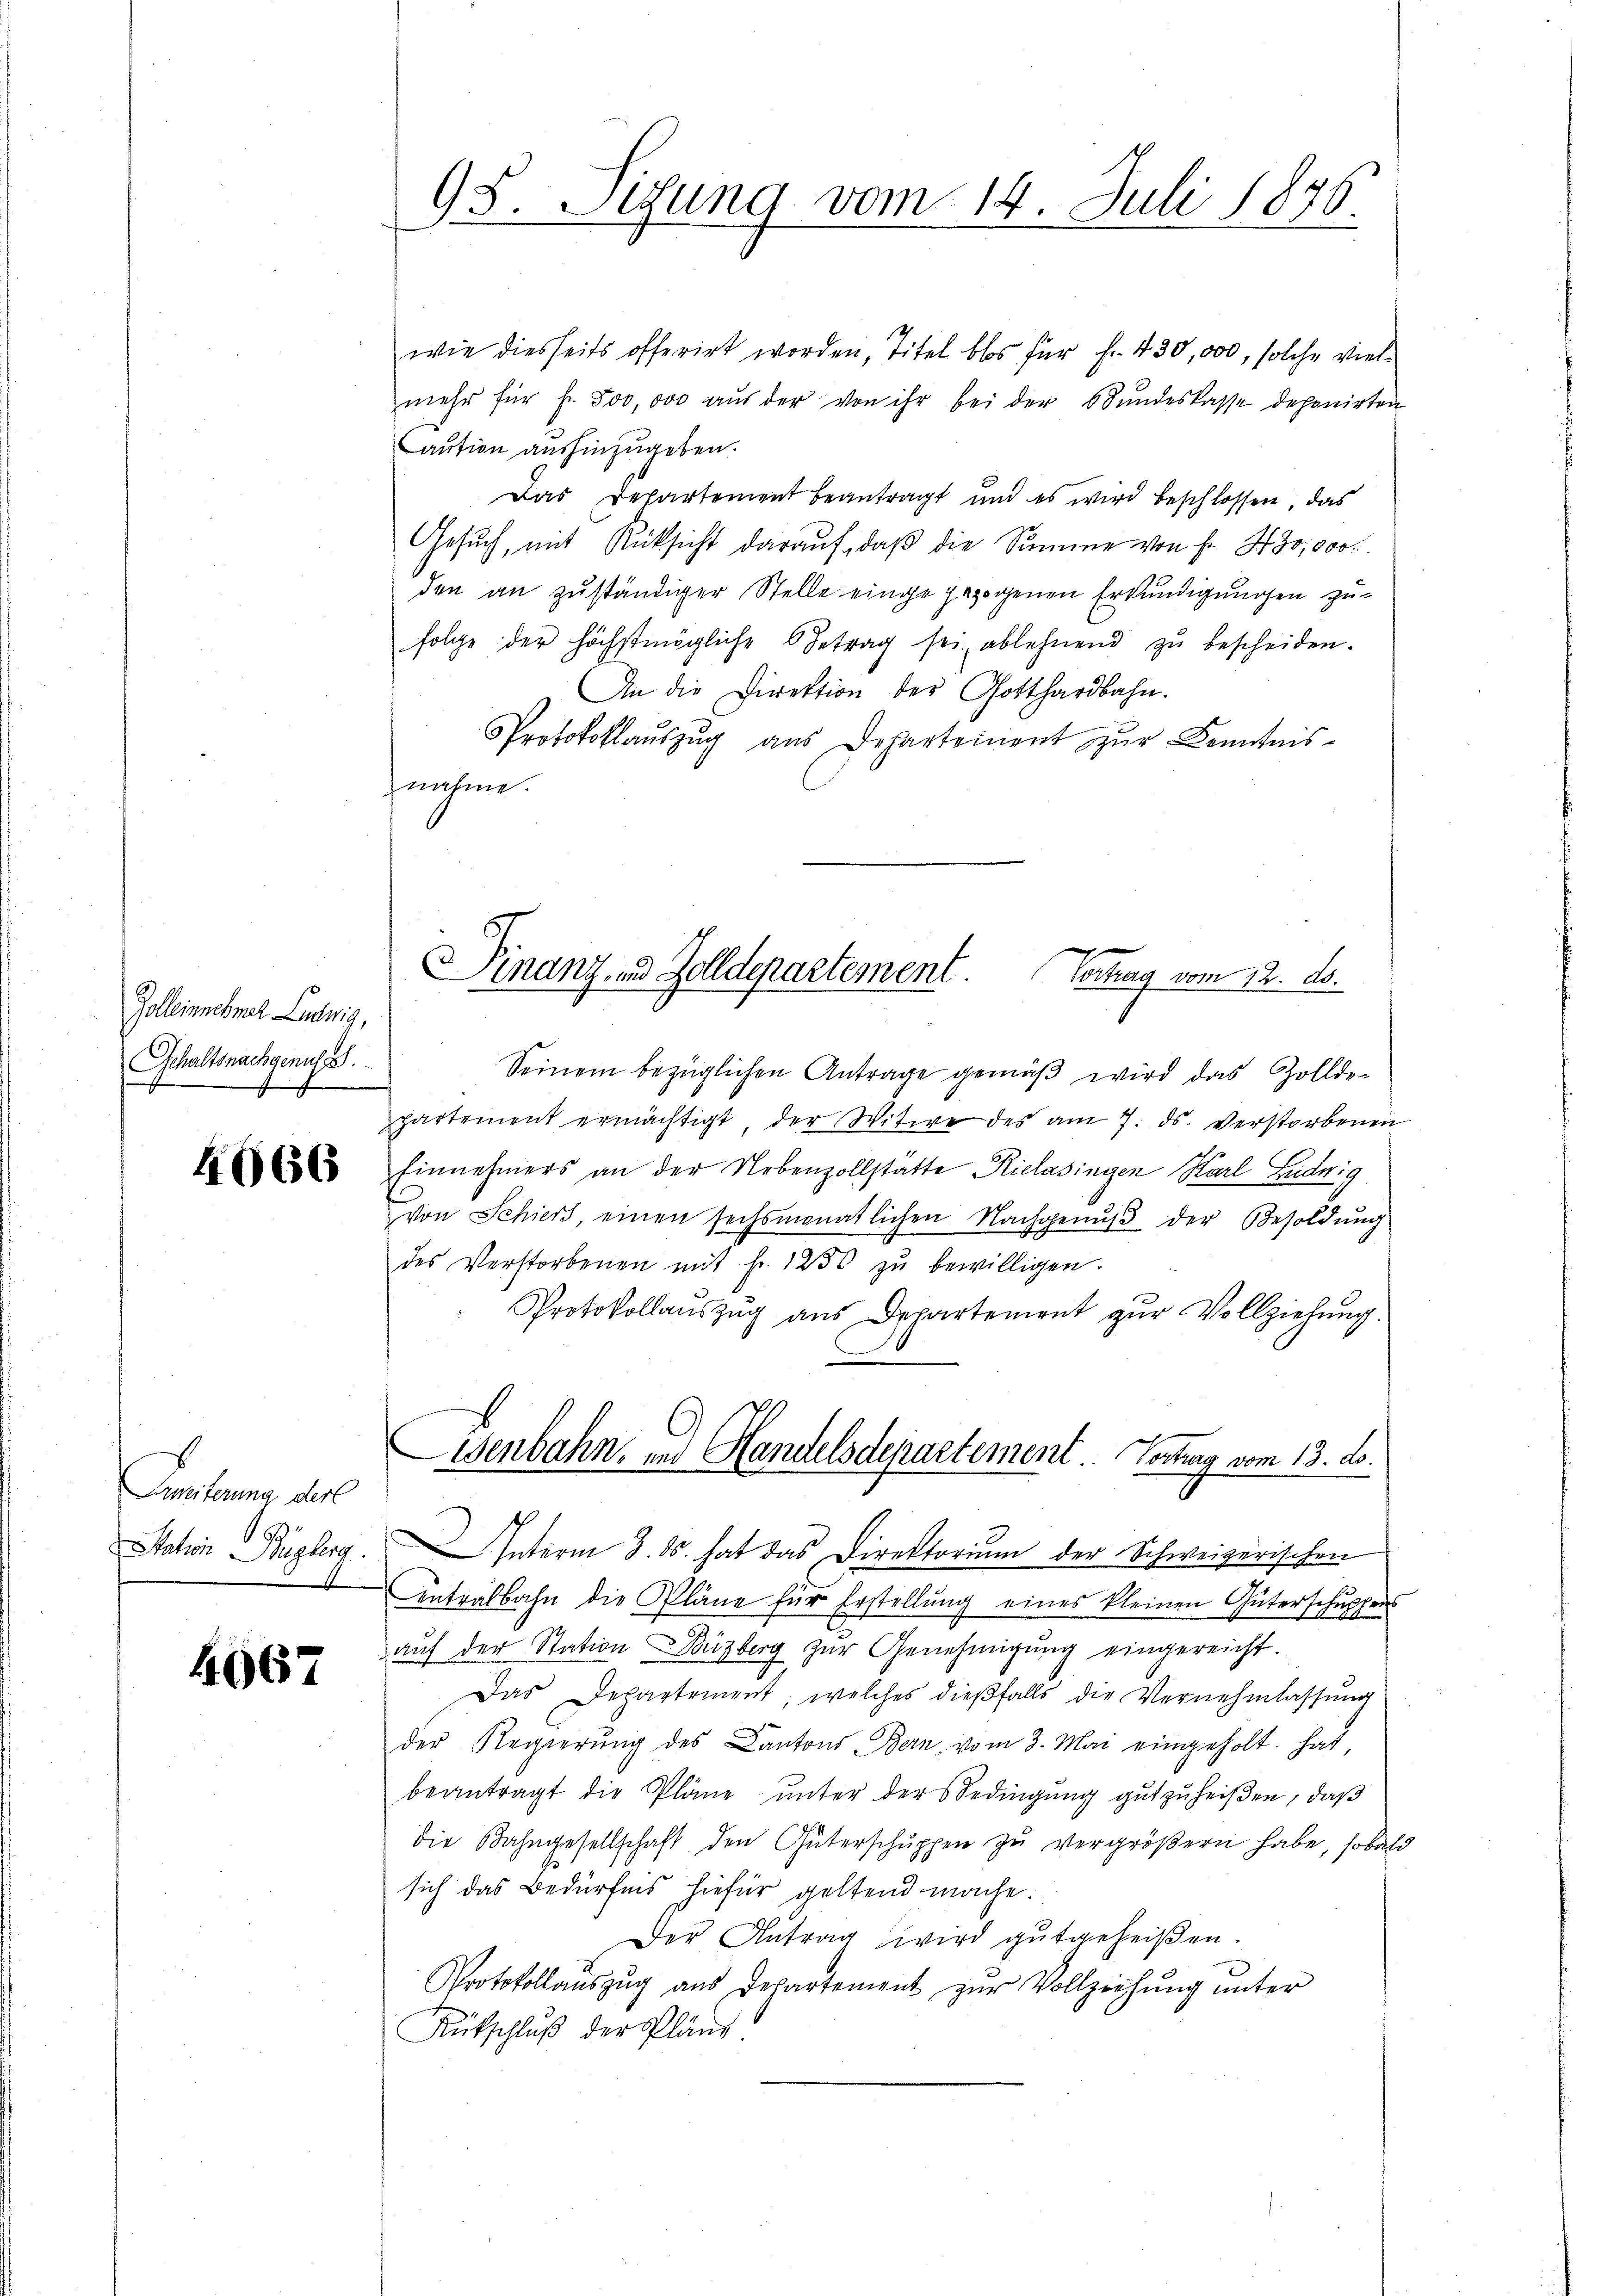
Zollingebral Leutwig,
Schaltsnachgenuss.

4066

Comiterina, der
e
Station Bugberg

4067

wie diesseits offerirt worden, Titel blos für Fr. 430,000, solche vielmehr für Fr. 500,000 aŭs der von ihr bei der Stŭndeskasse deponirten
aution aushinzugeben.
Das Departement beantragt und es wird beschlossen, das
Gesŭch, mit Rücksicht darauf, daβ die Summe von Fr. 430,000
den an zuständiger Stelle einge gezogenen Erkundigungen zufolge der höchstmögliche Betrag sei ablehnend zŭ bescheiden.
An die Direktion der Gotthardbahn.
Protokollaŭszŭg aŭs Departement zŭr Kenntnis-
nahme.

98. Sitzung vom 14. Juli 1876.

Finanz- und Zolldepartement Vortrag vom 12. ds.

Seinem bezüglichen Antrage gemäβ wird das Zollde-
partement ermächtigt der Witwe des am 7. ds. verstorbenen
Einnehmers an der Nebenzollstatte Kielasingen Karl Ludwig
von Schiers, einen sechsmonatlichen Nachgenŭβ der Besoldung
des Verstorbenen mit fr. 1250 zŭ bewilligen.
Protokollauszug aus Departement zur Vollziehung.
Interm 3. ds. hat das Direktorium der Schweizerischen
entralbahn die Pläne für Erstellŭng eines kleinen Güterschŭppens
auf der Station Buzberg zur Genehmigung eingereicht.
Das Departement, welches dieβfalls die Vernehmlassŭng
der Regierŭng des Cantons Bern, vom 3. Mai eingeholt hat,
beantragt die Pläne unter der Bedingung gutzuheißen, daß
die Bahngesellschaft den Güterschŭppen zŭ vergröβern habe, sobald
sich das Bedürfnis hiefür geltend mache.
Der Antrag wird gutgeheißen.
Protokollauszug aus Departement zur Vollziehung unter
Rutschluß der Pländ

Genbahn- und Handelsdepartement Vortrag vom 13. ds.